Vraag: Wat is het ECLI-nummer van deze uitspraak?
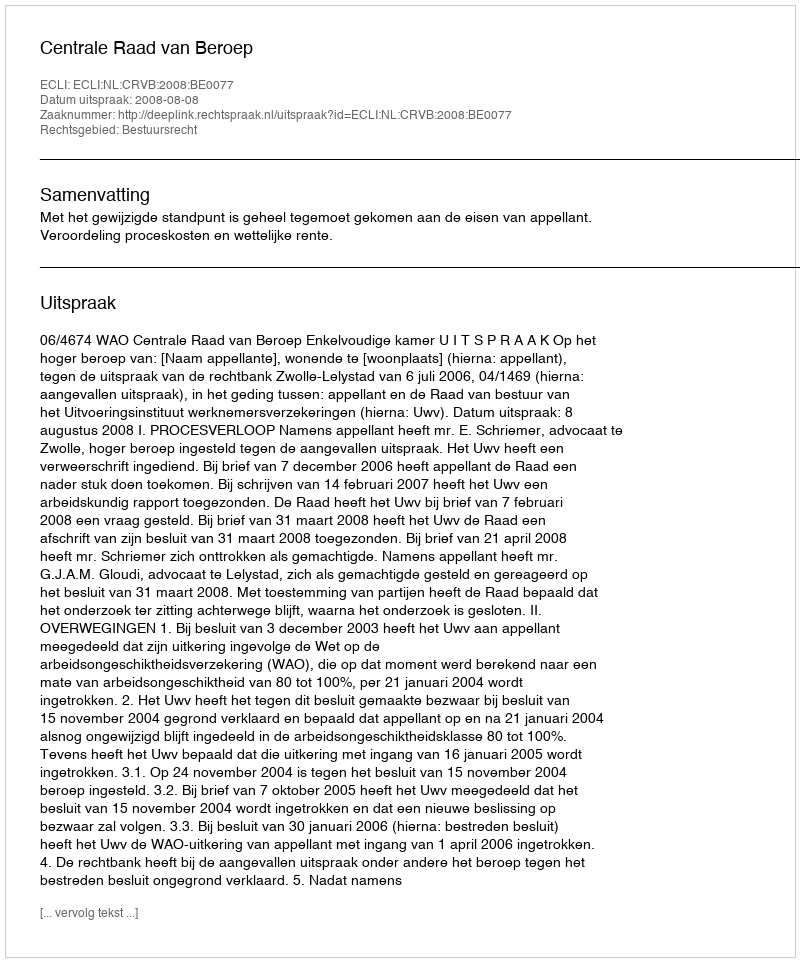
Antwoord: ECLI:NL:CRVB:2008:BE0077